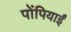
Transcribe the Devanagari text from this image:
पोंपियाईं